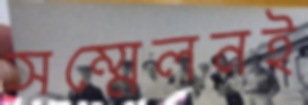
সম্মেলনই